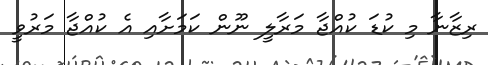
ރިޒާނާ މި ކުޑަ ކުއްޖާ މަރާލީ ނޫން ކަމަށާއި އެ ކުއްޖާ މަރުވީ